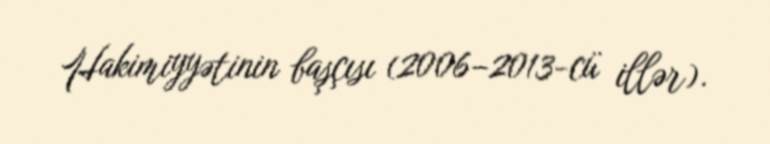
Hakimiyyətinin başçısı (2006–2013-cü illər).